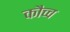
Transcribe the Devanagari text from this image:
कौच्च